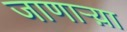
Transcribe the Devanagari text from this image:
जाणार्‍य़ा